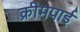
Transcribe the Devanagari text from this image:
क्रीमपाई